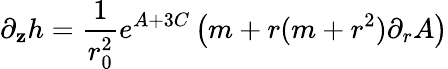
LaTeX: \partial_{\mathbf{z}}h=\frac{{1}}{{r_{0}^{2}}}e^{A+3C}\left(m+r(m+r^{2})\partial_{r}A\right)